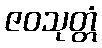
ဇဝသုတ္တံ